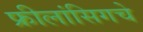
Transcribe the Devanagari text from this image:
फ्रीलांसिगचे